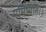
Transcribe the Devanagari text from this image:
गमिष्यति।।